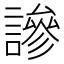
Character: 謲